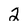
Character: 2